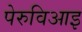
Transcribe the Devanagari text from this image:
पेरुविआइ